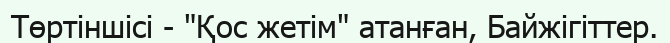
Төртіншісі - "Қос жетім" атанған, Байжігіттер.